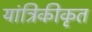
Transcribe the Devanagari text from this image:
यांत्रिकीकृत